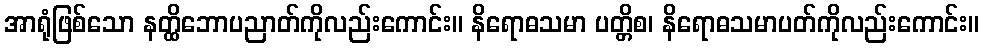
အာရုံဖြစ်သော နတ္ထိဘောပညာတ်ကိုလည်းကောင်း။ နိရောဓသမာ ပတ္တိစ၊ နိရောဓသမာပတ်ကိုလည်းကောင်း။